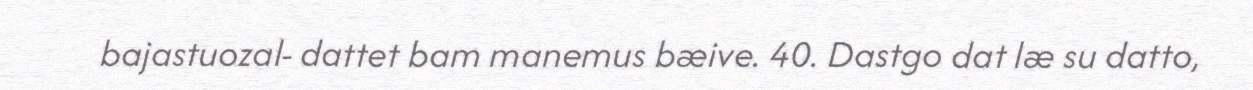
bajastuozal- dattet bam manemus bæive. 40. Dastgo dat læ su datto,